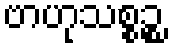
ဗာဟုသစ္စဉ္စ